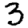
Digit: 3